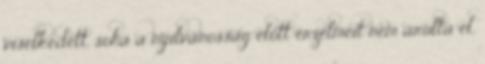
viselkedett, soha a nyilvánosság előtt érzelmeit nem árulta el,